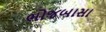
ભોજબાસા